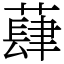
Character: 蕼